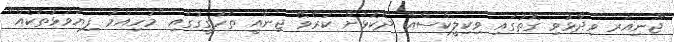
ޖޫނިއަރ ވިދާޅުވި ގޮތުގައި ވިކިލީކްސްއާ ދެކޮޅަށް ކުރެވޭ ޖިނާއީ ތަހުގީގުގައި "މުހިއްމު ފިޔަވަޅުތަކެއް"